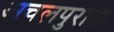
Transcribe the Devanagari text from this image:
अचलपुरास